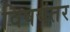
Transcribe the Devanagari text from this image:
विषयंतर